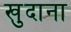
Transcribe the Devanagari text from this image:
खुदाना